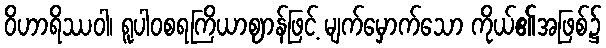
ဝိဟာရိဿဝါ၊ ရူပါဝစရကြိယာဈာန်ဖြင့် မျက်မှောက်သော ကိုယ်၏အဖြစ်၌